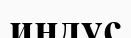
индус